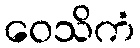
ဝေသိကံ